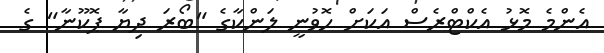
އެންމެ މޮޅު އެކްޓްރެސް އަކަށް ހޮވުނީ ލަންކާގެ "ބޯރަ ދިޔާ ޕޮކޫނާ" ގެ